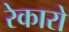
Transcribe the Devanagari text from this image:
रेकारो